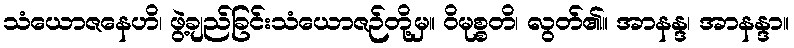
သံယောဇနေဟိ၊ ဖွဲ့ချည်ခြင်းသံယောဇဉ်တို့မှ။ ဝိမုစ္စတိ၊ လွတ်၏။ အာနန္ဒ၊ အာနန္ဒာ။